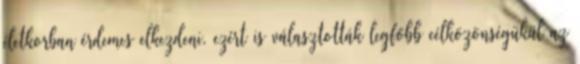
életkorban érdemes elkezdeni, ezért is választották legfőbb célközönségükül az